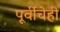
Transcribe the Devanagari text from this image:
पूर्वीचेही